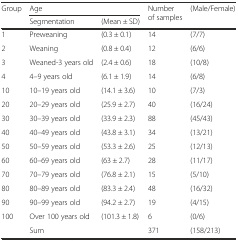
| <ROWSPAN=2> Group | <COLSPAN=2> Age | <ROWSPAN=2> Number of samples | <ROWSPAN=2> (Male/Female) |
 | Segmentation | (Mean ± SD) |
 | --- | --- | --- | --- | --- |
 | 1 | Preweaning | (0.3 ± 0.1) | 14 | (7/7) |
 | 2 | Weaning | (0.8 ± 0.4) | 12 | (6/6) |
 | 3 | Weaned-3 years old | (2.4 ± 0.6) | 18 | (10/8) |
 | 4 | 4–9 years old | (6.1 ± 1.9) | 14 | (6/8) |
 | 10 | 10–19 years old | (14.1 ± 3.6) | 10 | (7/3) |
 | 20 | 20–29 years old | (25.9 ± 2.7) | 40 | (16/24) |
 | 30 | 30–39 years old | (33.9 ± 2.3) | 88 | (45/43) |
 | 40 | 40–49 years old | (43.8 ± 3.1) | 34 | (13/21) |
 | 50 | 50–59 years old | (53.3 ± 2.6) | 25 | (12/13) |
 | 60 | 60–69 years old | (63 ± 2.7) | 28 | (11/17) |
 | 70 | 70–79 years old | (76.8 ± 2.1) | 15 | (5/10) |
 | 80 | 80–89 years old | (83.3 ± 2.4) | 48 | (16/32) |
 | 90 | 90–99 years old | (94.2 ± 2.7) | 19 | (4/15) |
 | 100 | Over 100 years old | (101.3 ± 1.8) | 6 | (0/6) |
 |  | Sum |  | 371 | (158/213) |